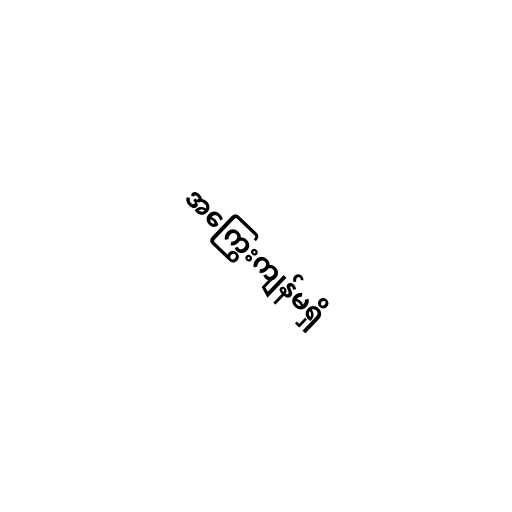
အကြွေးကျန်မရှိ